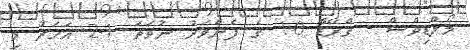
މޯލްޑިވްސް - ގްރޭޑް 10 ގެ ފެންވަރު ނުވަތަ 1-2 އަހަރު މި